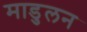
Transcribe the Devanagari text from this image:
माडुलन